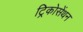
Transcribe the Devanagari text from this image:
ट्रिकोसेंथन